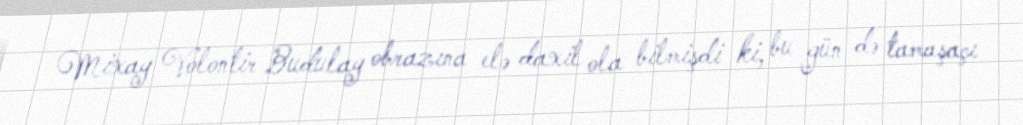
Mixay Volontir Budulay obrazına elə daxil ola bilmişdi ki, bu gün də tamaşaçı